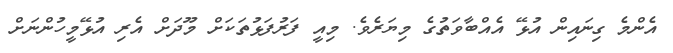
އެންމެ ގިނައިން އުޅޭ އެއްބާވަތުގެ މިޔަރެވެ. މިއީ ފަރުފަޅުތަކަށް މޫދަށް އެރި އުޅޭމީހުންނަށް